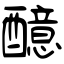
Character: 醷